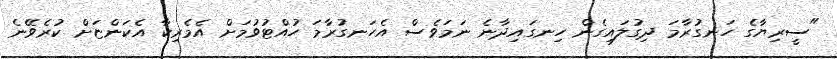
"ސީރިޔާގެ ހަނގުރާމަ ދިގުލައިގެން ހިނގައިދާނެ ނަމަވެސް އެހަނގުރާމަ ހުއްޓުވުމަށް އެމެރިކާ އެކަންޏަށް ކުރެވޭނެ